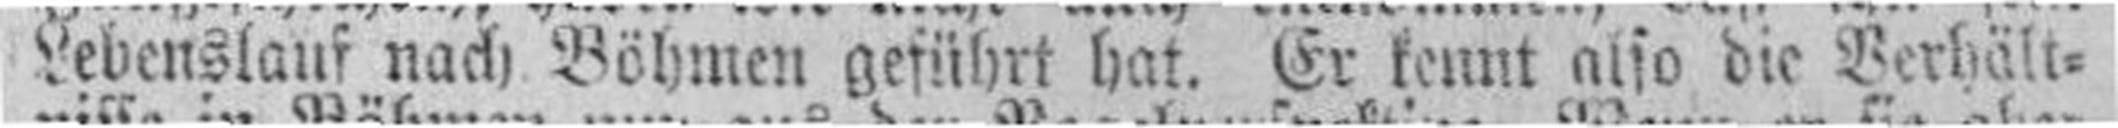
Lebenslauf nach Böhmen geführt hat. Er kennt also die Verhält¬